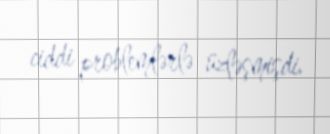
ciddi problemlərlə üzləşmişdi.